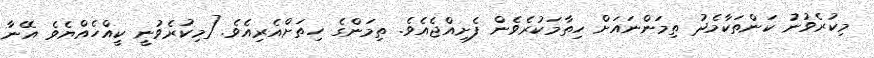
މިކުރެވުނު ކަންތަކާމެދު ތިމަންނައަށް ހިތާމަކުރެވެން ފެށިއްޖެއެވެ. ތިމަންގެ ހިތަށްއެރިއެވެ. [މިކުރެވުނީ ކީއްހެއްޔެވެ އޭނާ